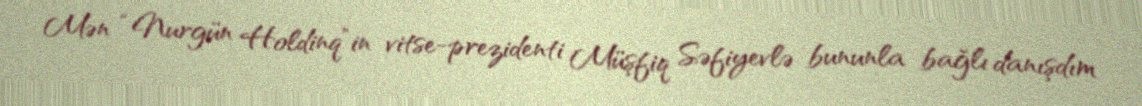
Mən “Nurgün Holdinq”in vitse-prezidenti Müşfiq Səfiyevlə bununla bağlı danışdım